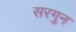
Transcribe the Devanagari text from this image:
सरगुन